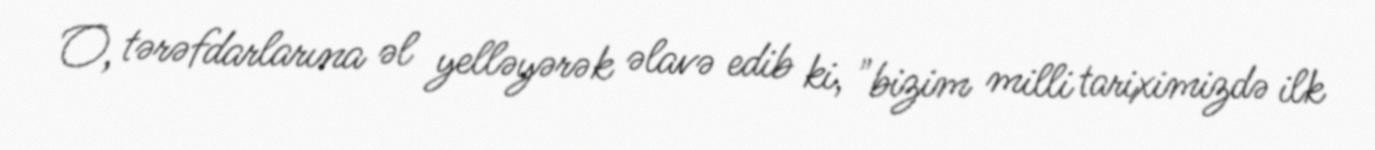
O, tərəfdarlarına əl yelləyərək əlavə edib ki, "bizim milli tariximizdə ilk